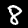
Label: 8